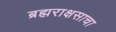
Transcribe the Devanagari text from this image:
ब्रह्मराक्षसाचा